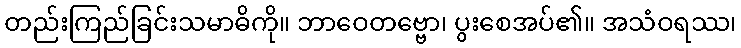
တည်းကြည်ခြင်းသမာဓိကို။ ဘာဝေတဗ္ဗော၊ ပွးစေအပ်၏။ အသံဝရဿ၊